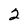
Character: 2